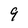
Character: 9